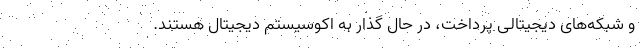
و شبکه‌‌های دیجیتالی پرداخت، در حال گذار به اکوسیستم دیجیتال هستند.